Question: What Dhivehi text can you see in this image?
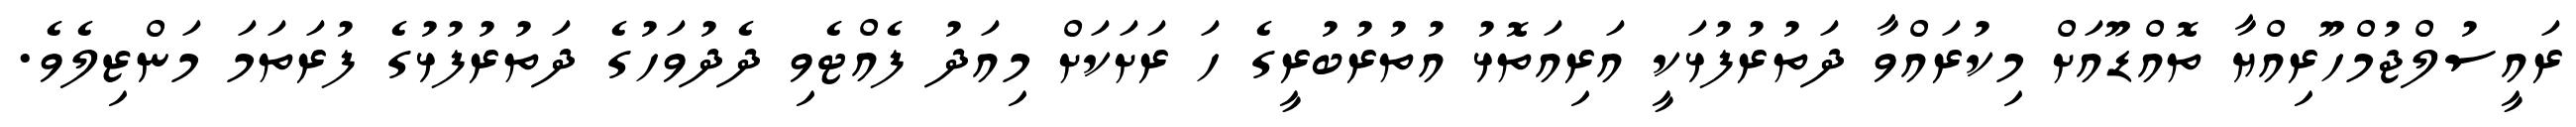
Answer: ރައީސުލްޖުމްހޫރިއްޔާ ތޮއްޑޫއަށް މިކުރައްވާ ދަތުރުފުޅަކީ އަރިއަތޮޅު އުތުރުބުރީގެ ހަ ރަށަކަށް މިއަދު ފެއްޓެވި ދެދުވަހުގެ ދަތުރުފުޅުގެ ފުރަތަމަ މަންޒިލެވެ.